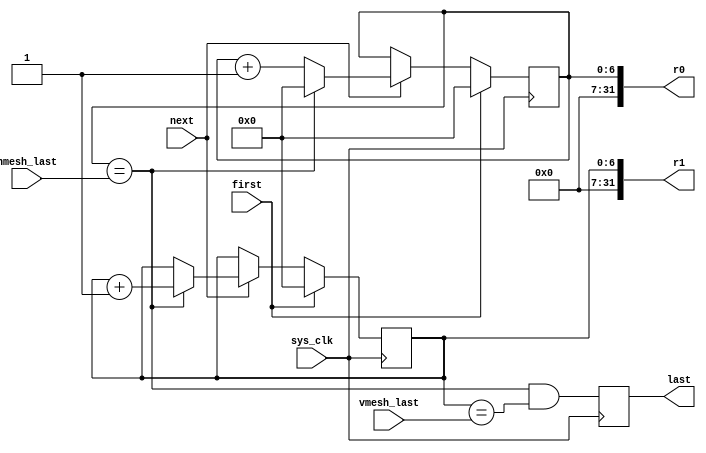
module pfpu_counters(
	input sys_clk,
	input first,
	input next,
	input [6:0] hmesh_last,
	input [6:0] vmesh_last,
	output [31:0] r0,
	output [31:0] r1,
	output reg last
);
reg [6:0] r0r;
assign r0 = {25'd0, r0r};
reg [6:0] r1r;
assign r1 = {25'd0, r1r};
always @(posedge sys_clk) begin
	if(first) begin
		r0r <= 7'd0;
		r1r <= 7'd0;
	end else if(next) begin
		if(r0r == hmesh_last) begin
			r0r <= 7'd0;
			r1r <= r1r + 7'd1;
		end else
			r0r <= r0r + 7'd1;
	end
end
always @(posedge sys_clk)
	last <= (r0r == hmesh_last) & (r1r == vmesh_last);
endmodule